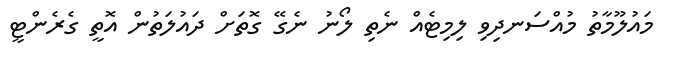
މައުލޫމާތު މުއްސަނދިވި ލިމިޓެއް ނެތި ލޯނު ނެގޭ ގޮތަށް ދައުލަތުން އޮތީ ގެރެންޓީ